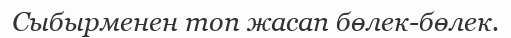
Сыбырменен топ жасап бөлек-бөлек.